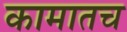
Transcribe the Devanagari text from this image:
कामातच